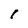
Character: l